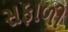
સફાળી